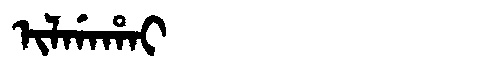
Manchu: ᡳᠯᡤᠠᡥᠠᡳ
Romanization: ILGAHAI